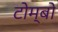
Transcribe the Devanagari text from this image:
टोम्बो